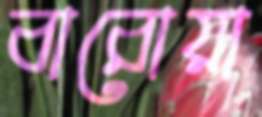
বারোয়া